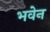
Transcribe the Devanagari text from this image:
भवेन